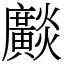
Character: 𤒼